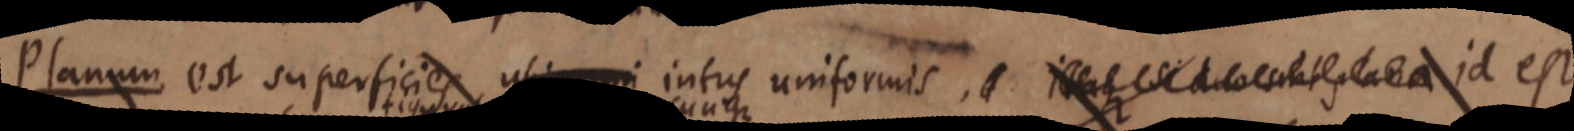
Planum est superficies ubique intus uniformis, _ id est